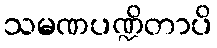
သမဏပဏ္ဍိတာပိ